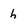
Character: h